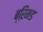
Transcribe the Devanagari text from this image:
ब्ऱिमड